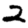
Digit: 2